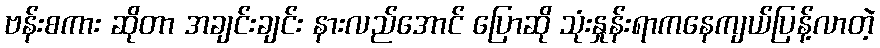
ဗန်းစကား ဆိုတာ အချင်းချင်း နားလည်အောင် ပြောဆို သုံးနှုန်းရာကနေကျယ်ပြန့်လာတဲ့